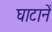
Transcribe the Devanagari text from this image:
घाटानें